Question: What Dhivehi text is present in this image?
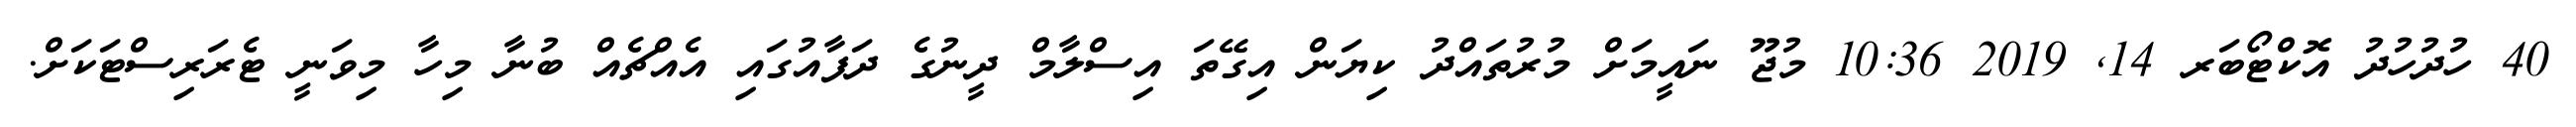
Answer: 40 ހުދުހުދު އޮކްޓޯބަރ 14, 2019 10:36 މުޖޫ ނައީމަށް މުރުތައްދު ކިޔަން އިގޭތަ އިސްލާމް ދީނުގެ ދަފާއުގައި އެއްޗެއް ބުނާ މިހާ މިވަނީ ޓެރަރިސްޓަކަށް.